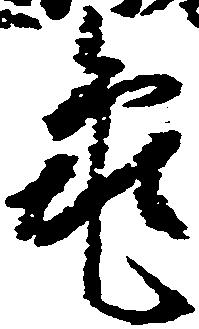
亀